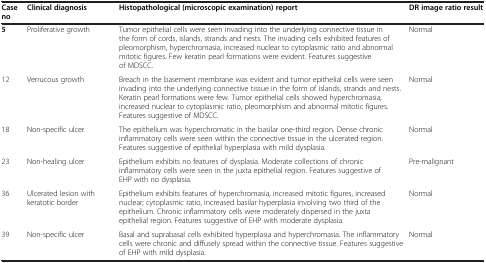
| Case no | Clinical diagnosis | Histopathological (microscopic examination) report | DR image ratio result |
 | --- | --- | --- | --- |
 | 5 | Proliferative growth | Tumor epithelial cells were seen invading into the underlying connective tissue in the form of cords, islands, strands and nests. The invading cells exhibited features of pleomorphism, hyperchromasia, increased nuclear to cytoplasmic ratio and abnormal mitotic figures. Few keratin pearl formations were evident. Features suggestive of MDSCC. | Normal |
 | 12 | Verrucous growth | Breach in the basement membrane was evident and tumor epithelial cells were seen invading into the underlying connective tissue in the form of islands, strands and nests. Keratin pearl formations were few. Tumor epithelial cells showed hyperchromasia, increased nuclear to cytoplasmic ratio, pleomorphism and abnormal mitotic figures. Features suggestive of MDSCC. | Normal |
 | 18 | Non-specific ulcer | The epithelium was hyperchromatic in the basilar one-third region. Dense chronic inflammatory cells were seen within the connective tissue in the ulcerated region. Features suggestive of epithelial hyperplasia with mild dysplasia. | Normal |
 | 23 | Non-healing ulcer | Epithelium exhibits no features of dysplasia. Moderate collections of chronic inflammatory cells were seen in the juxta epithelial region. Features suggestive of EHP with no dysplasia. | Pre-malignant |
 | 36 | Ulcerated lesion with keratotic border | Epithelium exhibits features of hyperchromasia, increased mitotic figures, increased nuclear; cytoplasmic ratio, increased basilar hyperplasia involving two third of the epithelium. Chronic inflammatory cells were moderately dispersed in the juxta epithelial region. Features suggestive of EHP with moderate dysplasia. | Normal |
 | 39 | Non-specific ulcer | Basal and suprabasal cells exhibited hyperplasia and hyperchromasia. The inflammatory cells were chronic and diffusely spread within the connective tissue. Features suggestive of EHP with mild dysplasia. | Normal |